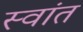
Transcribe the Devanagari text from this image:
स्वांत